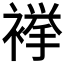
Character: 𧜎